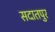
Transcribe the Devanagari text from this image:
सदातपुर